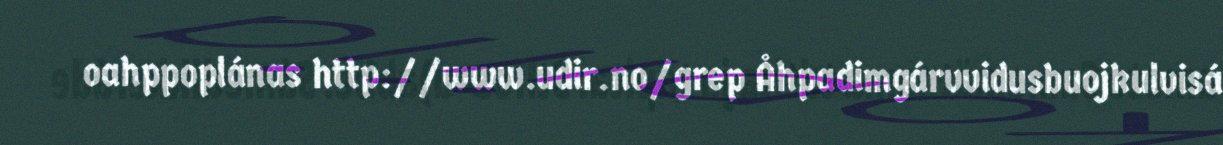
oahppoplánas http://www.udir.no/grep Åhpadimgárvvidusbuojkulvisá